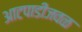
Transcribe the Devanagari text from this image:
आटपाडीजवळ